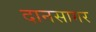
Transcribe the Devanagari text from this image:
दानसागर